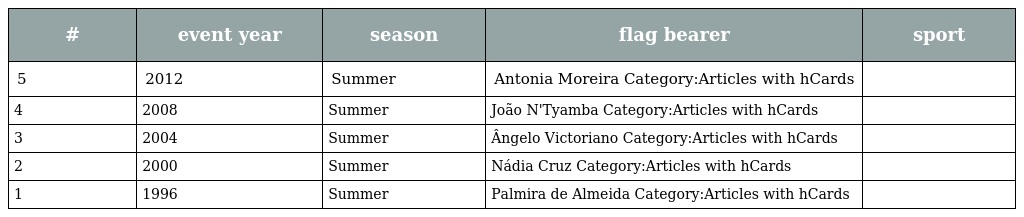
| # | event year | season | flag bearer | sport |
 | --- | --- | --- | --- | --- |
 | 5 | 2012 | Summer | Antonia Moreira Category:Articles with hCards |  |
 | 4 | 2008 | Summer | João N'Tyamba Category:Articles with hCards |  |
 | 3 | 2004 | Summer | Ângelo Victoriano Category:Articles with hCards |  |
 | 2 | 2000 | Summer | Nádia Cruz Category:Articles with hCards |  |
 | 1 | 1996 | Summer | Palmira de Almeida Category:Articles with hCards |  |